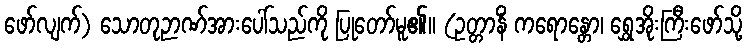
ဖော်လျက်) သောတုဉာဏ်အားပေါ်သည်ကို ပြုတော်မူ၏။ (ဥတ္တာနိံ ကရောန္တော၊ ရွှေအိုးကြီးဖော်သို့